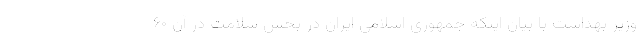
وزیر بهداشت با بیان اینکه جمهوری اسلامی ایران در بخش سلامت در آن ۶۰